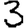
Digit: 3